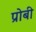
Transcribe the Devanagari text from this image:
प्रोबी